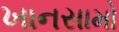
ખાનસામો